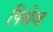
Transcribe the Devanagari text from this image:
पिसेज